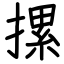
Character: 摞